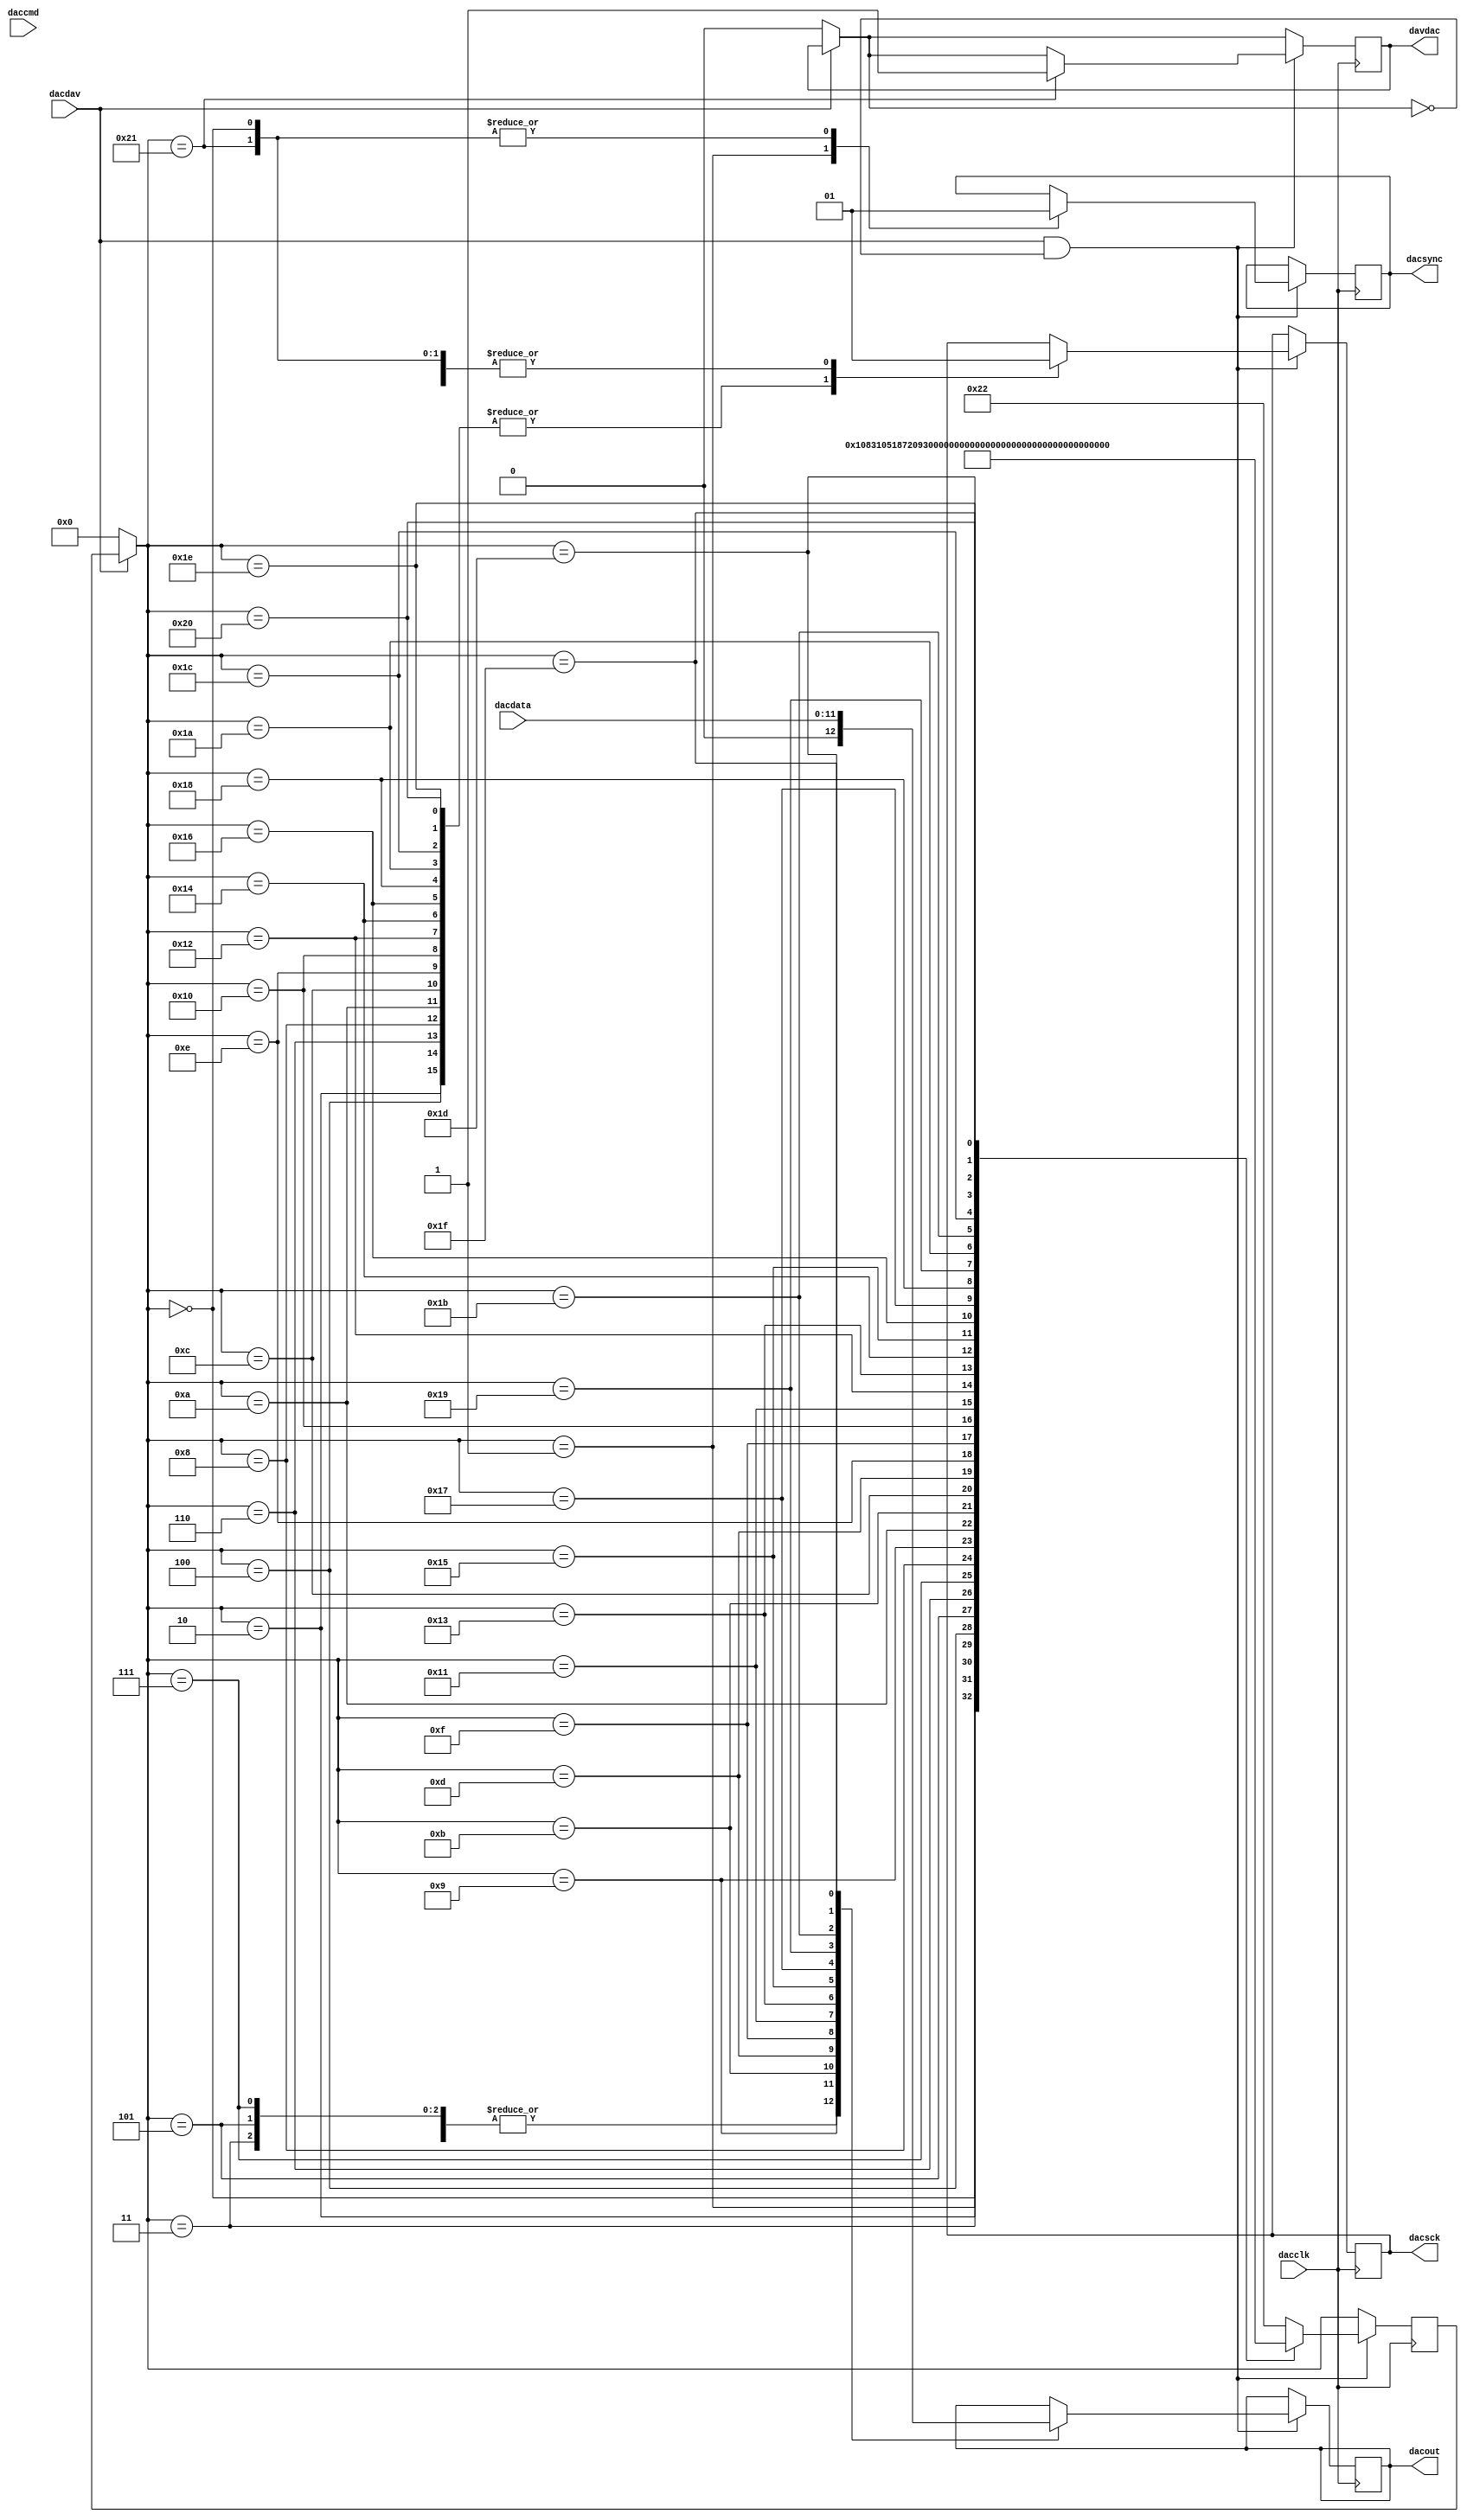
`timescale 1ns / 1ps
//////////////////////////////////////////////////////////////////////////////////
// Company:    TCC - Eronides Neto
// 
// Revision: 
// Revision 0.01 - File Created
// Additional Comments: 
// Modulo responsavel por mandar 16-bit para o MCP4821 , PROTOCOLO SPI
// MSB FIRST - MANDA DADO NO PULSO POSITIVO DO SCLK
/////////////////////////////////////////////////////////////////////////////////

//// CODIGO DO PMDO!
///   _____              ________
///  |     |  |\    /|  |        |
///  |     |  | \  / |  |        |
///  |_____|  |  \/  |  |        |
///  |        |      |  |        |
///  |        |      |  |        |
///  |        |      |  |________|

module pmodDA2(input dacclk,                // CLK to convert 
                 input dacdav,                // Start DA Conversion!
					  input [11:0] dacdata,        // 12-bit digital to be converted to analog
                 input [1:0] daccmd,          // 2-bit to Define MCP8421 operation - config bits
					  output reg dacout,           // MOSI
				  	  output reg dacsck=0,         // SCLK of MCP4821
					  output reg davdac,           // Flag Status - end of conversion
					  output reg dacsync=1'b1);
					
reg [5:0] dacstate=0;

always@(posedge dacclk)
	begin
		if (dacdav==0)		// DAC data?	
				begin
					dacstate=0;
					davdac=0;	// DAC data NAK
				end
			
		if (dacdav==1 && davdac==0)
			begin
				case (dacstate)
				0: begin
						dacsync=1;
						dacsck=1;
						dacstate=1;
					end
				1: begin
						dacsync=0;
						dacout=0;	// X don't care
						dacstate=2;
					end
				2: begin
						dacsck=0;
						dacstate=3;
					end
				3: begin
						dacsck=1;
						dacout=0;	// X don't care
						dacstate=4;
					end			
				4: begin
						dacsck=0;
						dacstate=5;
					end
				5: begin
						dacsck=1;
						dacout=0;
						dacstate=6;
					end			
				6: begin
						dacsck=0;
						dacstate=7;
					end
				7: begin
						dacsck=1;
						dacout=0;
						dacstate=8;
					end			
				8: begin
						dacsck=0;
						dacstate=9;
					end
				9: begin
						dacsck=1;
						dacout=dacdata[11];
						dacstate=10;
					end
				10: begin
						dacsck=0;
						dacstate=11;
					end
				11: begin
						dacsck=1;
						dacout=dacdata[10];
						dacstate=12;
					end			
				12: begin
						dacsck=0;
						dacstate=13;
					end
				13: begin
						dacsck=1;
						dacout=dacdata[9];
						dacstate=14;
					end			
				14: begin
						dacsck=0;
						dacstate=15;
					end
				15: begin
						dacsck=1;
						dacout=dacdata[8];
						dacstate=16;
					end			
				16: begin
						dacsck=0;
						dacstate=17;
					end
				17: begin
						dacsck=1;
						dacout=dacdata[7];
						dacstate=18;
					end			
				18: begin
						dacsck=0;
						dacstate=19;
					end
				19: begin
						dacsck=1;
						dacout=dacdata[6];
						dacstate=20;
					end								
				20: begin
						dacsck=0;
						dacstate=21;
					end
				21: begin
						dacsck=1;
						dacout=dacdata[5];
						dacstate=22;
					end			
				22: begin
						dacsck=0;
						dacstate=23;
					end
				23: begin
						dacsck=1;
						dacout=dacdata[4];
						dacstate=24;
					end								
				24: begin
						dacsck=0;
						dacstate=25;
					end
				25: begin
						dacsck=1;
						dacout=dacdata[3];
						dacstate=26;
					end		
				26: begin
						dacsck=0;
						dacstate=27;
					end
				27: begin
						dacsck=1;
						dacout=dacdata[2];
						dacstate=28;
					end								
				28: begin
						dacsck=0;
						dacstate=29;
					end
				29: begin
						dacsck=1;
						dacout=dacdata[1];
						dacstate=30;
					end			
				30: begin
						dacsck=0;
						dacstate=31;
					end
				31: begin
						dacsck=1;
						dacout=dacdata[0];
						dacstate=32;
					end								
				32: begin
						dacsck=0;
						dacstate=33;
					end
				33: begin
						dacsync=1;
						dacsck=1;
						davdac=1;	// DAC data ACK	
						dacstate=34;
					end			
				34: dacstate=34;
				default: dacstate=34;
			endcase
		end
	end
endmodule